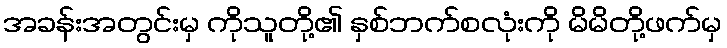
အခန်းအတွင်းမှ ကိုသူတို့၏ နှစ်ဘက်စလုံးကို မိမိတို့ဖက်မှ